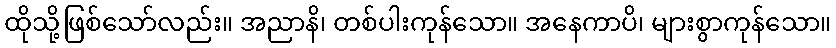
ထိုသို့ဖြစ်သော်လည်း။ အညာနိ၊ တစ်ပါးကုန်သော။ အနေကာပိ၊ များစွာကုန်သော။